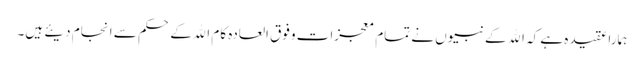
ہمارا عقیدہ ہے کہ الله کے نبیوں نے تمام معجزات وفوق العادہ کام الله کے حکم سے انجام دیئے ہیں۔